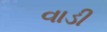
વાડી